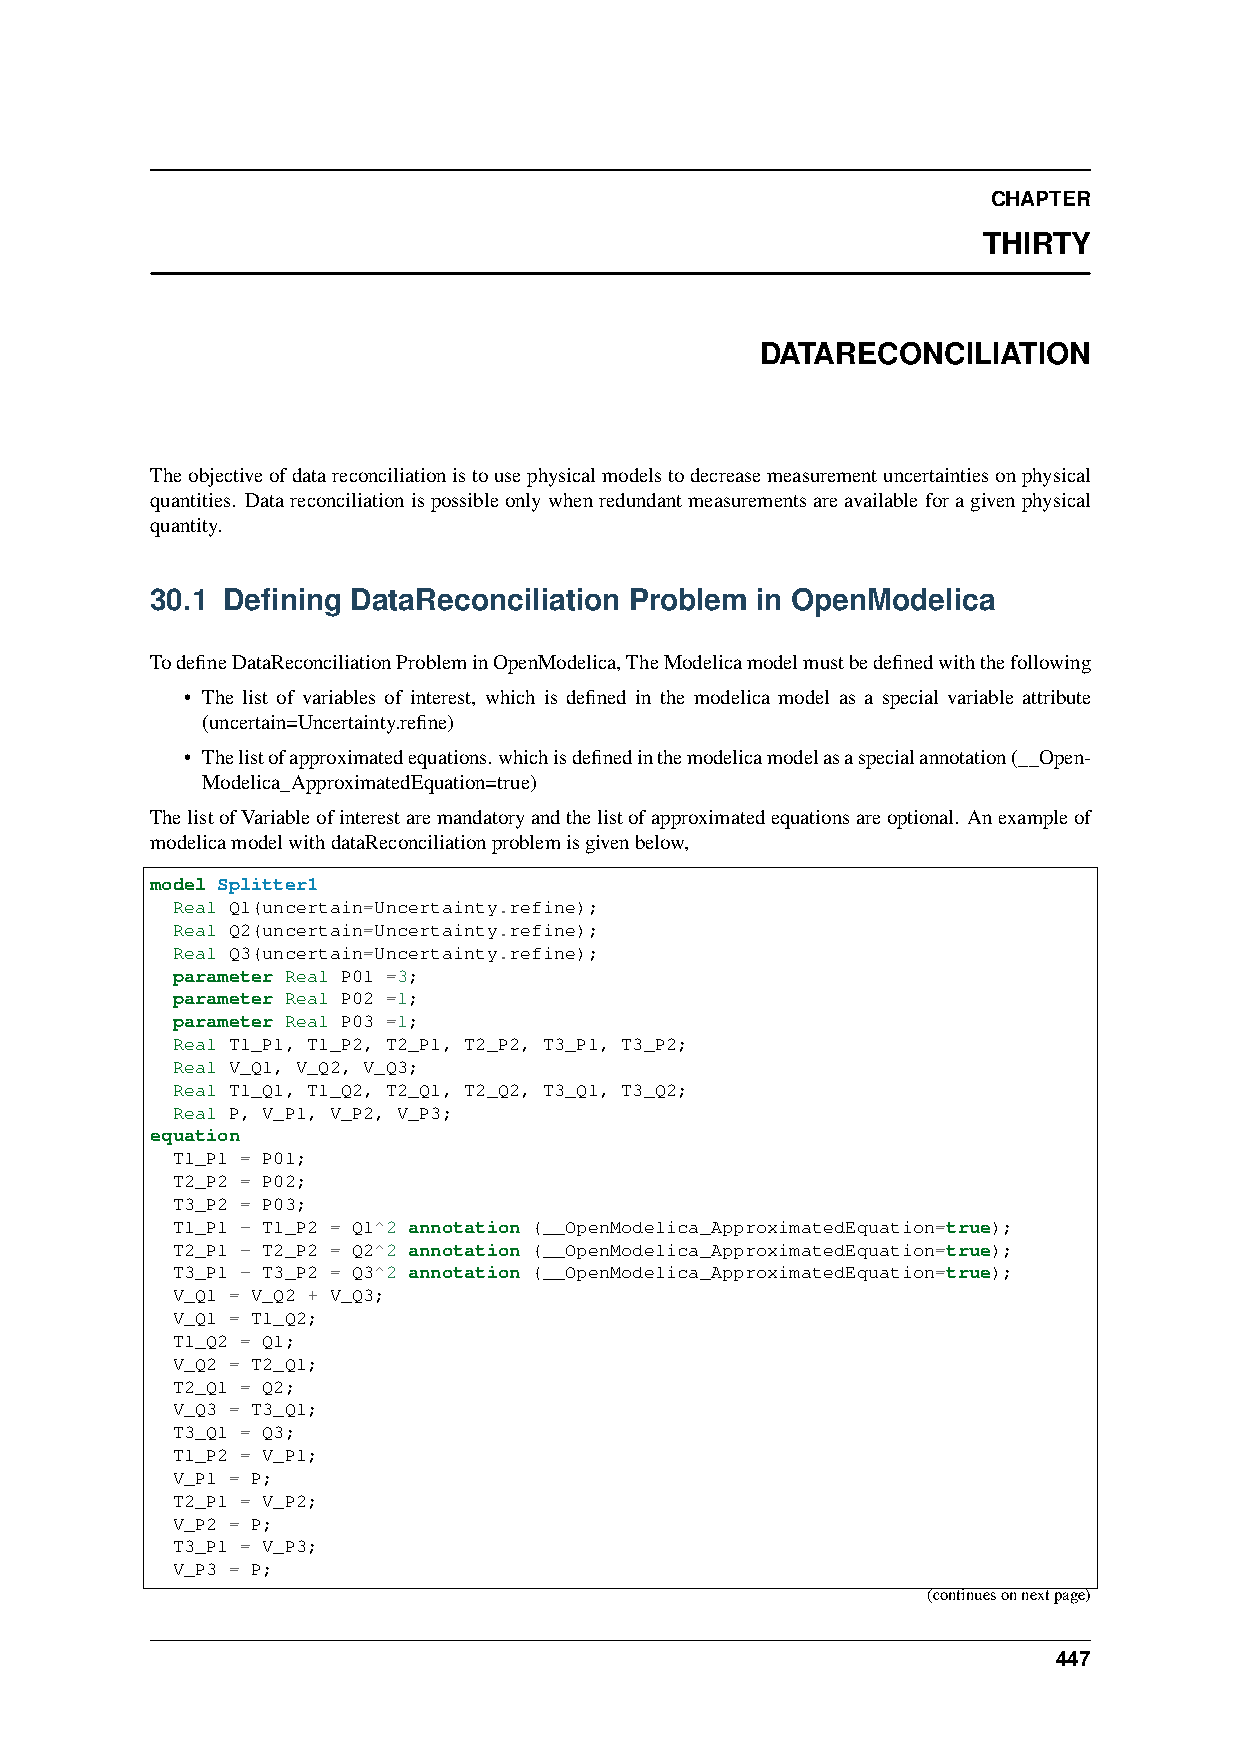
CHAPTER
 THIRTY
 DATARECONCILIATION
 Theobjectiveofdatareconciliationistousephysicalmodelstodecreasemeasurementuncertaintiesonphysical
 quantities. Datareconciliationispossibleonlywhenredundantmeasurementsareavailableforagivenphysical
 quantity.
 30.1 Defining DataReconciliation Problem in OpenModelica
 TodefineDataReconciliationProbleminOpenModelica,TheModelicamodelmustbedefinedwiththefollowing
 • The list of variables of interest, which is defined in the modelica model as a special variable attribute
 (uncertain=Uncertainty.refine)
 • Thelistofapproximatedequations.whichisdefinedinthemodelicamodelasaspecialannotation(__Open-
 Modelica_ApproximatedEquation=true)
 ThelistofVariableofinterestaremandatoryandthelistofapproximatedequationsareoptional. Anexampleof
 modelicamodelwithdataReconciliationproblemisgivenbelow,
 model Splitter1
 Real Q1(uncertain=Uncertainty.refine);
 Real Q2(uncertain=Uncertainty.refine);
 Real Q3(uncertain=Uncertainty.refine);
 parameter Real P01 =3;
 parameter Real P02 =1;
 parameter Real P03 =1;
 Real T1_P1, T1_P2, T2_P1, T2_P2, T3_P1, T3_P2;
 Real V_Q1, V_Q2, V_Q3;
 Real T1_Q1, T1_Q2, T2_Q1, T2_Q2, T3_Q1, T3_Q2;
 Real P, V_P1, V_P2, V_P3;
 equation
 T1_P1 = P01;
 T2_P2 = P02;
 T3_P2 = P03;
 T1_P1 - T1_P2 = Q1^2 annotation (__OpenModelica_ApproximatedEquation=true);
 T2_P1 - T2_P2 = Q2^2 annotation (__OpenModelica_ApproximatedEquation=true);
 T3_P1 - T3_P2 = Q3^2 annotation (__OpenModelica_ApproximatedEquation=true);
 V_Q1 = V_Q2 + V_Q3;
 V_Q1 = T1_Q2;
 T1_Q2 = Q1;
 V_Q2 = T2_Q1;
 T2_Q1 = Q2;
 V_Q3 = T3_Q1;
 T3_Q1 = Q3;
 T1_P2 = V_P1;
 V_P1 = P;
 T2_P1 = V_P2;
 V_P2 = P;
 T3_P1 = V_P3;
 V_P3 = P;
 (continuesonnextpage)
 447